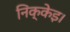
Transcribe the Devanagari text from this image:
निक्केइ।